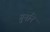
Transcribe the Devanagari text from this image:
गुननि